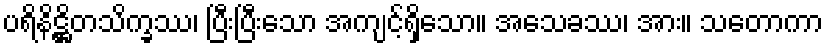
ပရိနိဋ္ဌိတသိက္ခဿ၊ ပြီးပြီးသော အကျင့်ရှိသော။ အသေခဿ၊ အား။ သတောကာ